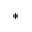
^ *